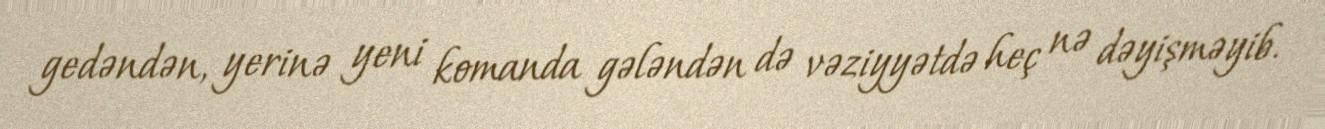
gedəndən, yerinə yeni komanda gələndən də vəziyyətdə heç nə dəyişməyib.